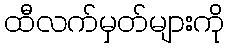
ထီလက်မှတ်များကို